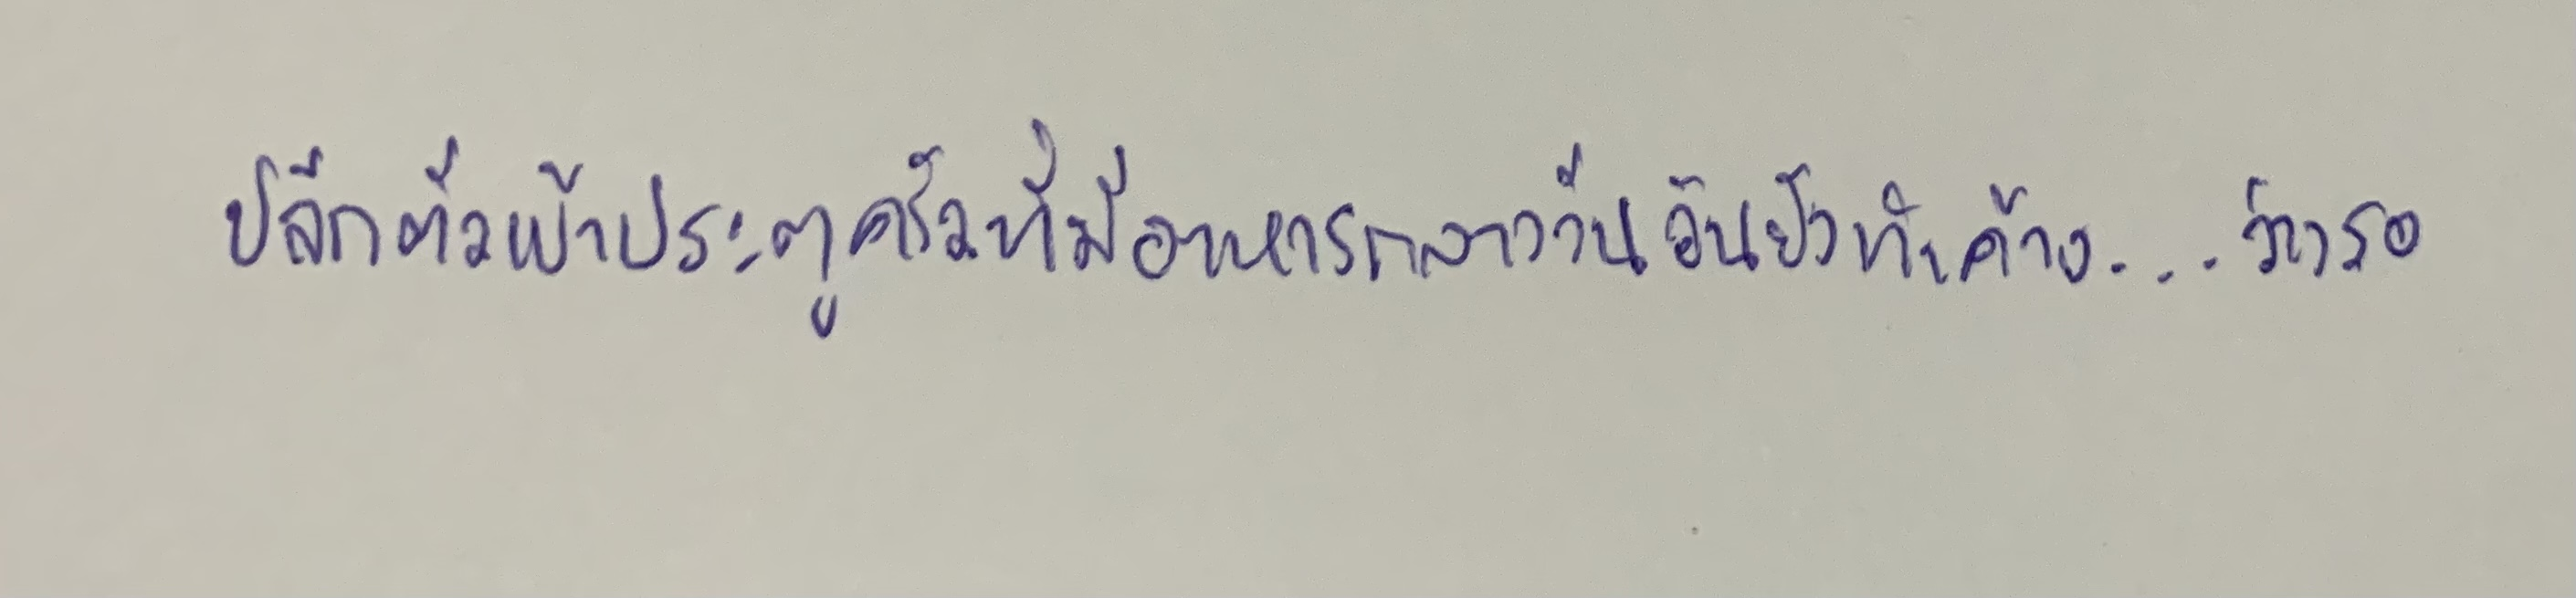
ปลีกตัวเข้าประตูครัวที่มีอาหารกลางวันอันยังทำค้าง...ว่างรอ